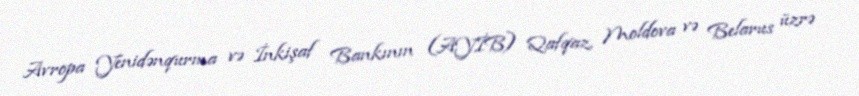
Avropa Yenidənqurma və İnkişaf Bankının (AYİB) Qafqaz, Moldova və Belarus üzrə